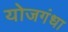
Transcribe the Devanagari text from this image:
योजगंधा